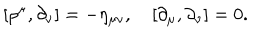
[ \rho ^ { \mu } , \partial _ { \nu } ] = - \eta _ { \mu \nu } , \quad [ \partial _ { \mu } , \partial _ { \nu } ] = 0 .